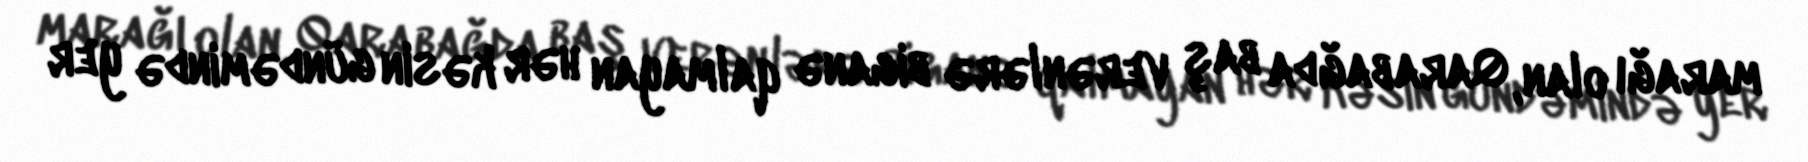
marağı olan, Qarabağda baş verənlərə biganə qalmayan hər kəsin gündəmində yer